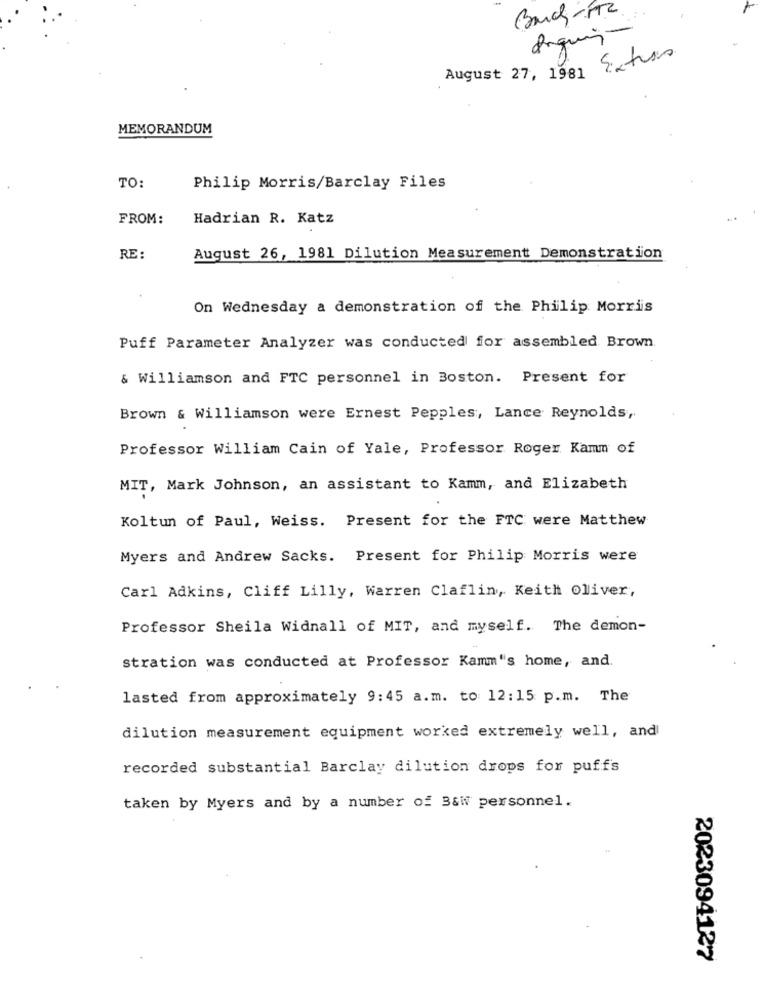
August 27, 1981 Extras
MEMORANDUM
TO:
Philip Morris/Barclay Files
FROM:
Hadrian R. Katz
RE:
August 26, 1981 Dilution Measurement Demonstration
On Wednesday a demonstration of the Philip Morris
Puff Parameter Analyzer was conducted for assembled Brown.
& Williamson and FTC personnel in Boston. Present for
Brown & Williamson were Ernest Pepples, Lance Reynolds,
Professor William Cain of Yale, Professor Roger. Kamm of
MIT, Mark Johnson, an assistant to Kamm, and Elizabeth
Koltun of Paul, Weiss. Present for the FTC were Matthew
Myers and Andrew Sacks. Present for Philip Morris were
Carl Adkins, Cliff Lilly, Warren Claflin, Keith oliver,
Professor Sheila Widnall of MIT, and myself. The demon-
stration was conducted at Professor Kamm's home, and.
lasted from approximately 9:45 a.m. to 12:15 p.m. The
dilution measurement equipment worked extremely well, and
recorded substantial Barclay dilution drops for puffs
taken by Myers and by a number of B&W personnel.
2023094127